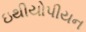
ઇથીયોપીયન